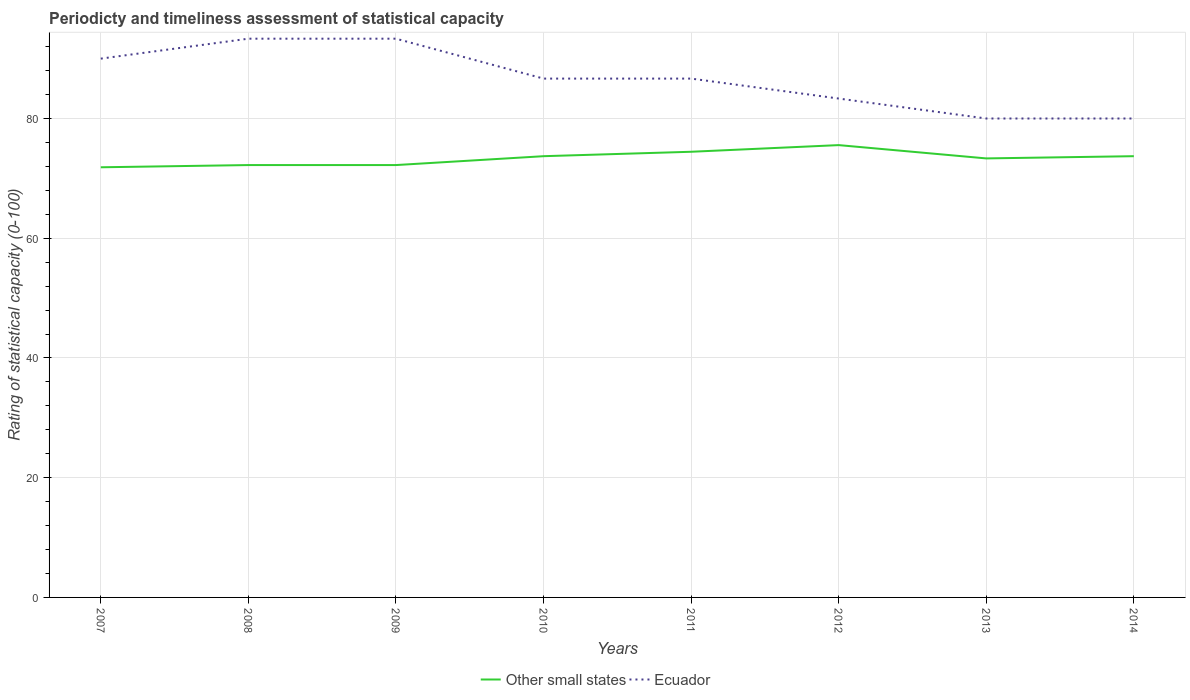
| Years | Other small states | Ecuador |
 | --- | --- | --- |
 | 2007 | 71.9 | 90 |
 | 2008 | 72.2 | 93.3 |
 | 2009 | 72.2 | 93.3 |
 | 2010 | 73.7 | 86.7 |
 | 2011 | 74.4 | 86.7 |
 | 2012 | 75.6 | 83.3 |
 | 2013 | 73.3 | 80 |
 | 2014 | 73.7 | 80 |